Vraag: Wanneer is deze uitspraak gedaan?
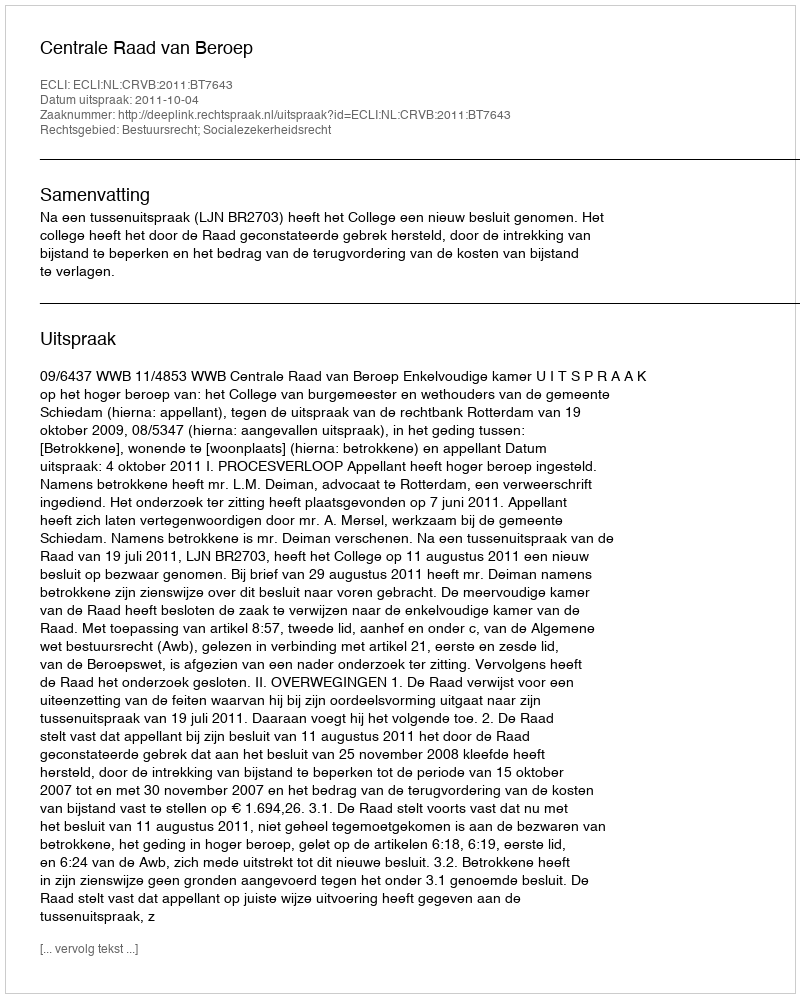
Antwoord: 2011-10-04